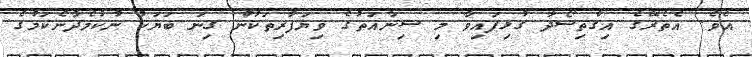
އެވެ. އެތެރޭގެ އިގްތިސޯދާ ގުޅިފައިވާ މި ސިނާއަތުގެ ވިޔަފާރިތަކުން ގިނަ ބަޔަކު ނުކުމެދާނެކަމުގެ